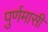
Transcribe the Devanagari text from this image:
पुर्णमासी